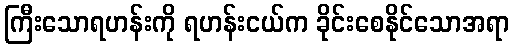
ကြီးသောရဟန်းကို ရဟန်းငယ်က ခိုင်းစေနိုင်သောအရာ